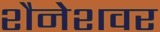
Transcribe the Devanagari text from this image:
शैनेशवर